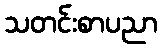
သတင်းစာပညာ